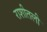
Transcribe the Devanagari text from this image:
राशीतली